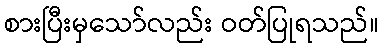
စားပြီးမှသော်လည်း ဝတ်ပြုရသည်။